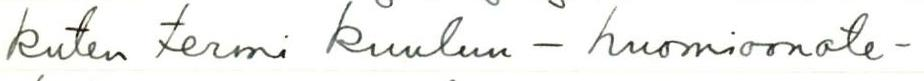
kuten termi kuuluu - huomioonote-